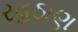
રહઠાણ